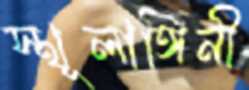
স্থূলাঙ্গিনী